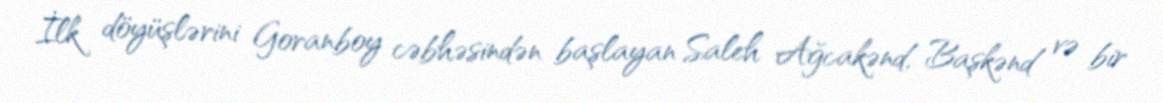
İlk döyüşlərini Goranboy cəbhəsindən başlayan Saleh Ağcakənd, Başkənd və bir